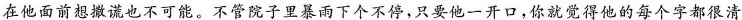
在他面前想撒谎也不可能。不管院子里暴雨下个不停，只要他一开口，你就觉得他的每个字都很清